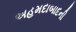
અહમદાબાદની